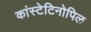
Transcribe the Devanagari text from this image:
कांस्टेटिनोपिल